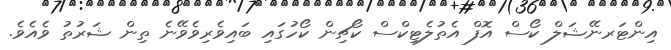
އިންޓަރނޭޝަލް ކޯސް އޮފް އެތުލެޓިކްސް ކޯޗިން ކޯހުގައި ބައިވެރިވެވޭނެ ތިން ޝަރުތު ވެއެވެ.